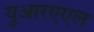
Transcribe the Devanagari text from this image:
युआरएएल